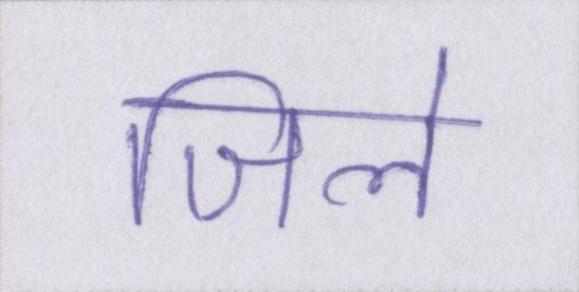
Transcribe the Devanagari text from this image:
जिले